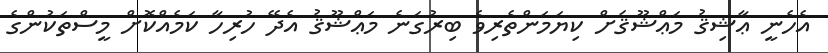
އެހެނީ ޢާޝިޤު މަޢްޝޫޤަށް ކިޔަމަންތެރިވެ ބިރުގަނެ މަޢްޝޫޤު އެދޭ ހުރިހާ ކަމެއްކޮށް މީސްތަކުންގެ